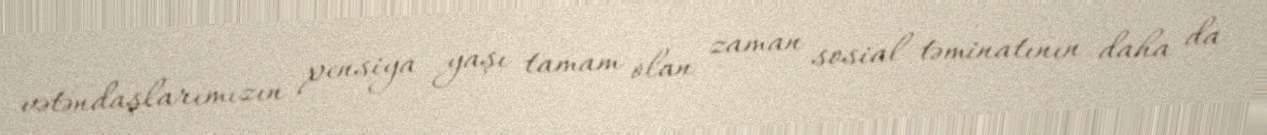
vətəndaşlarımızın pensiya yaşı tamam olan zaman sosial təminatının daha da